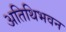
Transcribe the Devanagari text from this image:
अतिथिभवन